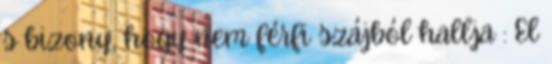
s bizony, hogy nem férfi szájból hallja : El